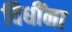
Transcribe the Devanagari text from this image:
विधींना